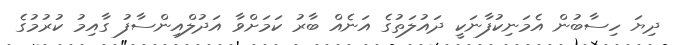
ދިޔަ ހިސާބުން އެމަނިކުފާނަކީ ދައުލަތުގެ އަނެއް ބާރު ކަމަށްވާ އަދުލްއިންސާފު ގާއިމު ކުރުމުގެ